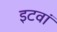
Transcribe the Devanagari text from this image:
इटवां